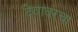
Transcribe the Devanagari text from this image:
देवावरचा